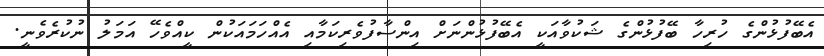
އެބޭފުޅުންގެ ހުރިހާ ބޭފުޅުންގެ ޝަކުވާއަކީ އެބޭފުޅުންނަށް އިންސާފުވެރިކަމާއި އެއްހަމައަކުން ކީއްވެހޭ އަމަލު ނުކުރެވެނީ.